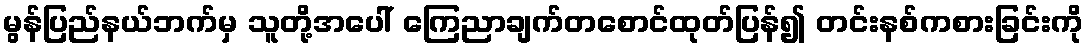
မွန်ပြည်နယ်ဘက်မှ သူတို့အပေါ် ကြေညာချက်တစောင်ထုတ်ပြန်၍ တင်းနစ်ကစားခြင်းကို